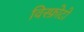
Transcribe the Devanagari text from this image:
विस्फ़ोटो